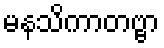
မနသိကာတဗ္ဗာ